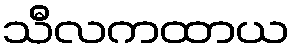
သီလကထာယ